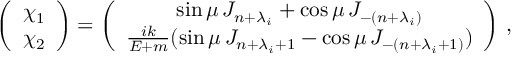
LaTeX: \left( \begin{array} { c } { { \chi _ { 1 } } } \\ { { \chi _ { 2 } } } \end{array} \right) = \left( \begin{array} { c } { { \sin \mu \, J _ { n + \lambda _ { i } } + \cos \mu \, J _ { - ( n + \lambda _ { i } ) } } } \\ { { \frac { i k } { E + m } ( \sin \mu \, J _ { n + \lambda _ { i } + 1 } - \cos \mu \, J _ { - ( n + \lambda _ { i } + 1 ) } ) } } \end{array} \right) \, ,